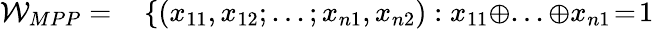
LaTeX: \begin{array}{rl}{\mathcal{W}_{MPP}=}&{{}\left\{ (x_{11},x_{12};...;x_{n1},x_{n2}):x_{11}\oplus...\oplus x_{n1}\! =\! 1\right.}\end{array}